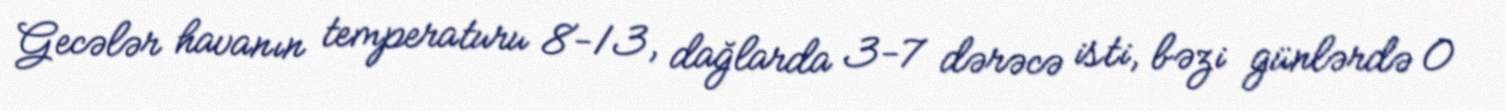
Gecələr havanın temperaturu 8-13, dağlarda 3-7 dərəcə isti, bəzi günlərdə 0